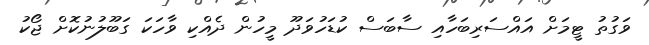
ވަގުތު ޓީމަށް އައްސަރިބަހާއި ސާބަސް ކުޑަހުވަދޫ މީހުން ދެއްކި ވާހަކަ ގަބޫލުނުކޮށް ޖޯކު